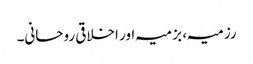
رزمیہ، بزمیہ اور اخلاقی روحانی۔